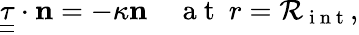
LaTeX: \underline{{\underline{{{\tau}}}}}\cdot{{\mathbf n}}=-\kappa{{\mathbf n}}\quad\mathrm{~a~t~}\ r=\mathcal{R}_{\mathrm{~i~n~t~}},